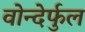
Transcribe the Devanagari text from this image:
वोन्देर्फुल